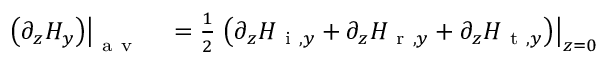
\begin{array} { r l } { \left. \left( \partial _ { z } H _ { y } \right) \right| _ { \mathrm { ~ a ~ v ~ } } } & { { } = \frac { 1 } { 2 } \left. \left( \partial _ { z } H _ { \mathrm { ~ i ~ } , y } + \partial _ { z } H _ { \mathrm { ~ r ~ } , y } + \partial _ { z } H _ { \mathrm { ~ t ~ } , y } \right) \right| _ { z = 0 } } \end{array}